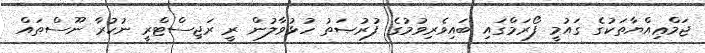
ޖަމްޢިއްޔާތަކުގެ ގައުމީ ފޯރަމްގައި ބައިވެރިވުމުގެ ފުރުޞަތު ހުޅުވާލުން ރީ ރަޖިސްޓްރީ ނުކުރާ ނޫސްތައް